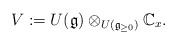
\begin{align*}V := U(\mathfrak g) \otimes_{ U(\mathfrak g_{\geq 0}) } \mathbb C_x.\end{align*}